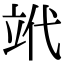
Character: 𥩦